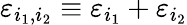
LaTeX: \varepsilon_{i_{1},i_{2}}\equiv\varepsilon_{i_{1}}+\varepsilon_{i_{2}}